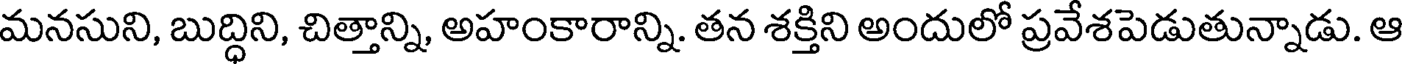
మనసుని, బుద్ధిని, చిత్తాన్ని, అహంకారాన్ని. తన శక్తిని అందులో ప్రవేశపెడుతున్నాడు. ఆ